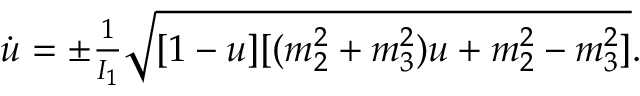
\begin{array} { r } { \dot { u } = \pm \frac { 1 } { I _ { 1 } } \sqrt { [ 1 - u ] [ ( m _ { 2 } ^ { 2 } + m _ { 3 } ^ { 2 } ) u + m _ { 2 } ^ { 2 } - m _ { 3 } ^ { 2 } ] } . } \end{array}